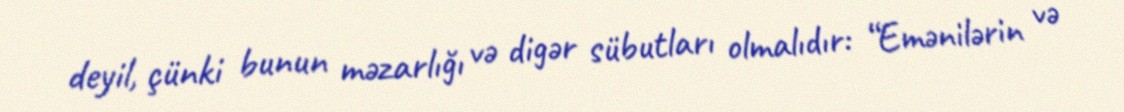
deyil, çünki bunun məzarlığı və digər sübutları olmalıdır: “Emənilərin və